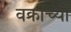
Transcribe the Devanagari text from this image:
वक्राच्या